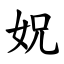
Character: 㚾